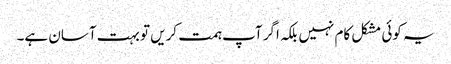
یہ کوئی مشکل کام نہیں بلکہ اگر آپ ہمت کریں تو بہت آسان ہے۔